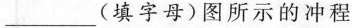
___ (填字母)图所示的冲程